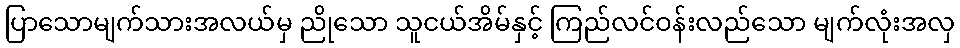
ပြာသောမျက်သားအလယ်မှ ညိုသော သူငယ်အိမ်နှင့် ကြည်လင်ဝန်းလည်သော မျက်လုံးအလှ